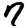
Digit: 7